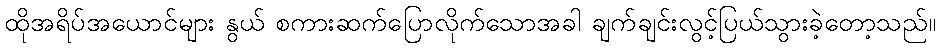
ထိုအရိပ်အယောင်များ နွယ် စကားဆက်ပြောလိုက်သောအခါ ချက်ချင်းလွင့်ပြယ်သွားခဲ့တော့သည်။